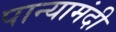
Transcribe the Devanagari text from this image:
पान्यामंदी